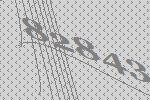
82843